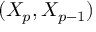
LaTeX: ( X _ { p } , X _ { p - 1 } )